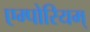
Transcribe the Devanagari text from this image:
एम्पोरियम्